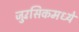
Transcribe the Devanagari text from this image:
जुरॅसिकमध्ये